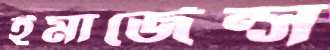
ইমার্জেন্স